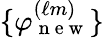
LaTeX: \{ \varphi_{\mathrm{~n~e~w~}}^{(\ell m)}\}